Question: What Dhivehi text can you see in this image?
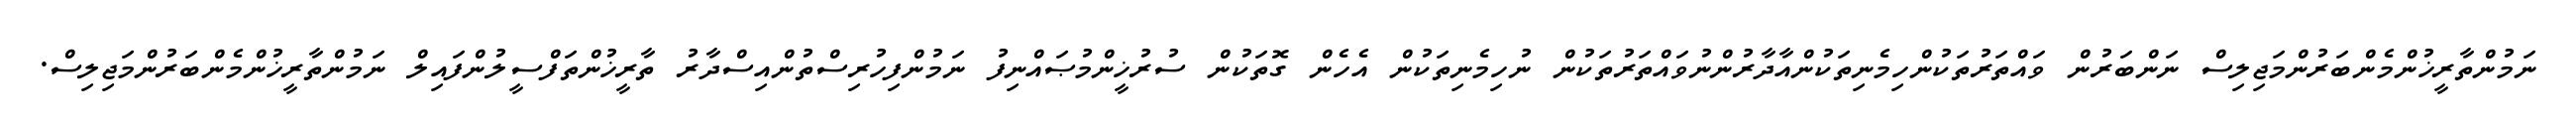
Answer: ނަމުންތާރީޚުންމެންބަރުންމަޖިލިސް ނަންބަރުން ވައްތަރުތަކުންހިމެނިތަކުންއާދާރުންނުވައްތަރުތަކުން ނުހިމެނިތަކުން އެހެން ގޮތަކުން ސުރުޚީންމުޞައްނިފު ނަމުންފިހުރިސްތުންއިސްދާރު ތާރީޚުންތަފްސީލުންފައިލް ނަމުންތާރީޚުންމެންބަރުންމަޖިލިސް.